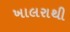
ખાલરાથી